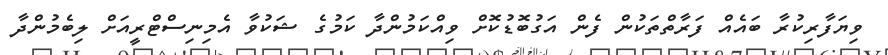
ވިޔަފާރިކުރާ ބައެއް ފަރާތްތަކުން ފެން އަގުބޮޑުކޮށް ވިއްކަމުންދާ ކަމުގެ ޝަކުވާ އެމިނިސްޓްރީއަށް ލިބެމުންދާ